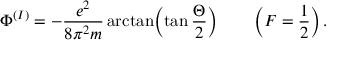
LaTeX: \Phi ^ { ( I ) } = - { \frac { e ^ { 2 } } { 8 \pi ^ { 2 } m } } \arctan \biggl ( \tan { \frac { \Theta } { 2 } } \biggr ) \qquad \left( F = \frac { 1 } { 2 } \right) .